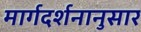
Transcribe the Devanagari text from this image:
मार्गदर्शनानुसार